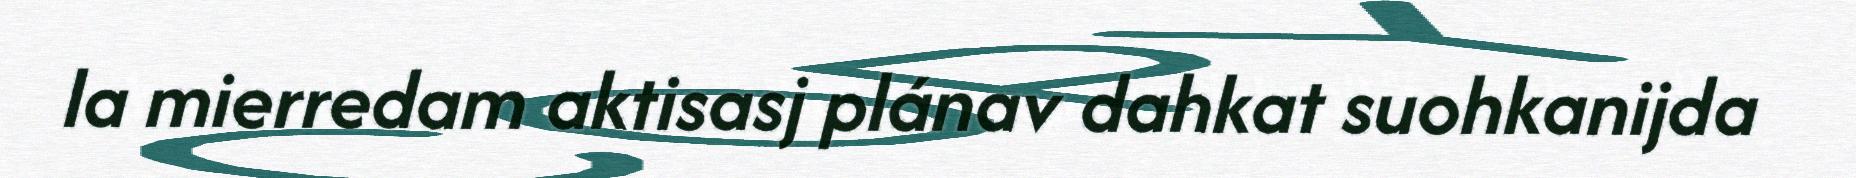
la mierredam aktisasj plánav dahkat suohkanijda